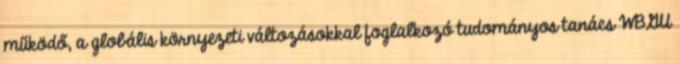
működő, a globális környezeti változásokkal foglalkozó tudományos tanács WBGU